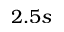
2 . 5 s